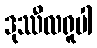
ဒုဿီလရူပါ